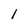
Character: 1